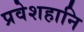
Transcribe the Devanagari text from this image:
प्रवेशहानि